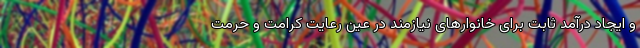
و ایجاد درآمد ثابت برای خانوارهای نیازمند در عین رعایت کرامت و حرمت